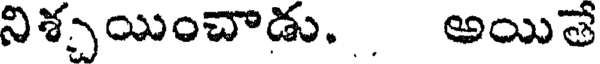
నిశ్చయించాడు. . అయితే